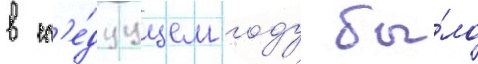
в сл'е́дуущем году бы́ло